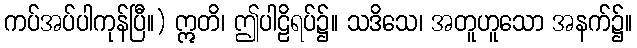
ကပ်အပ်ပါကုန်ပြီ။) ဣတိ၊ ဤပါဠိရပ်၌။ သဒိသေ၊ အတူဟူသော အနက်၌။